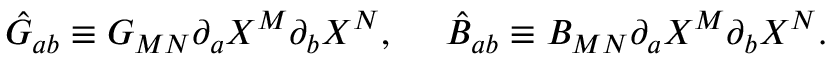
\hat { G } _ { a b } \equiv G _ { M N } \partial _ { a } X ^ { M } \partial _ { b } X ^ { N } , \ \ \ \ \hat { B } _ { a b } \equiv B _ { M N } \partial _ { a } X ^ { M } \partial _ { b } X ^ { N } .